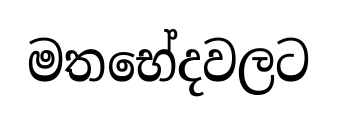
මතභේදවලට